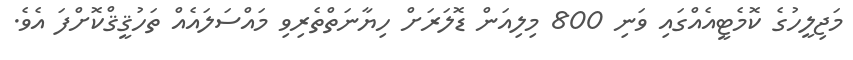
މަޖިލީހުގެ ކޮމެޓީއެއްގައި ވަނި 800 މިލިއަން ޑޮލަރަށް ހިޔާނަތްތެރިވި މައްސަލައެއް ތަހުޤީޤްކޮށްފަ އެވެ.